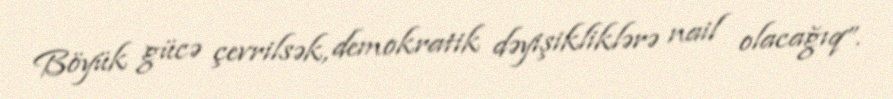
Böyük gücə çevrilsək, demokratik dəyişikliklərə nail olacağıq”.